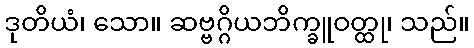
ဒုတိယံ၊ သော။ ဆဗ္ဗဂ္ဂိယဘိက္ခူဝတ္ထု၊ သည်။